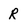
Character: R